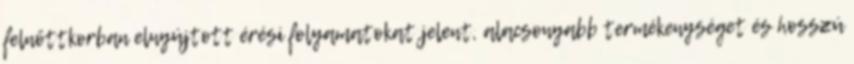
felnőttkorban elnyújtott érési folyamatokat jelent, alacsonyabb termékenységet és hosszú